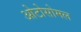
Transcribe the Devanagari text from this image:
ओटोसोमल